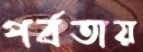
পর্বতায়